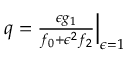
\begin{array} { r } { q = \frac { \epsilon g _ { 1 } } { f _ { 0 } + \epsilon ^ { 2 } f _ { 2 } } \Big | _ { \epsilon = 1 } } \end{array}